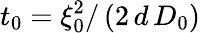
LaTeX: t_{0}=\xi_{0}^{2}/\left(2\, d\, D_{0}\right)